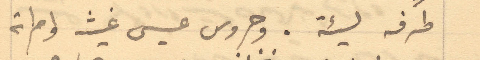
طرفة  لئية. وجروس عيسى غيث وامراته